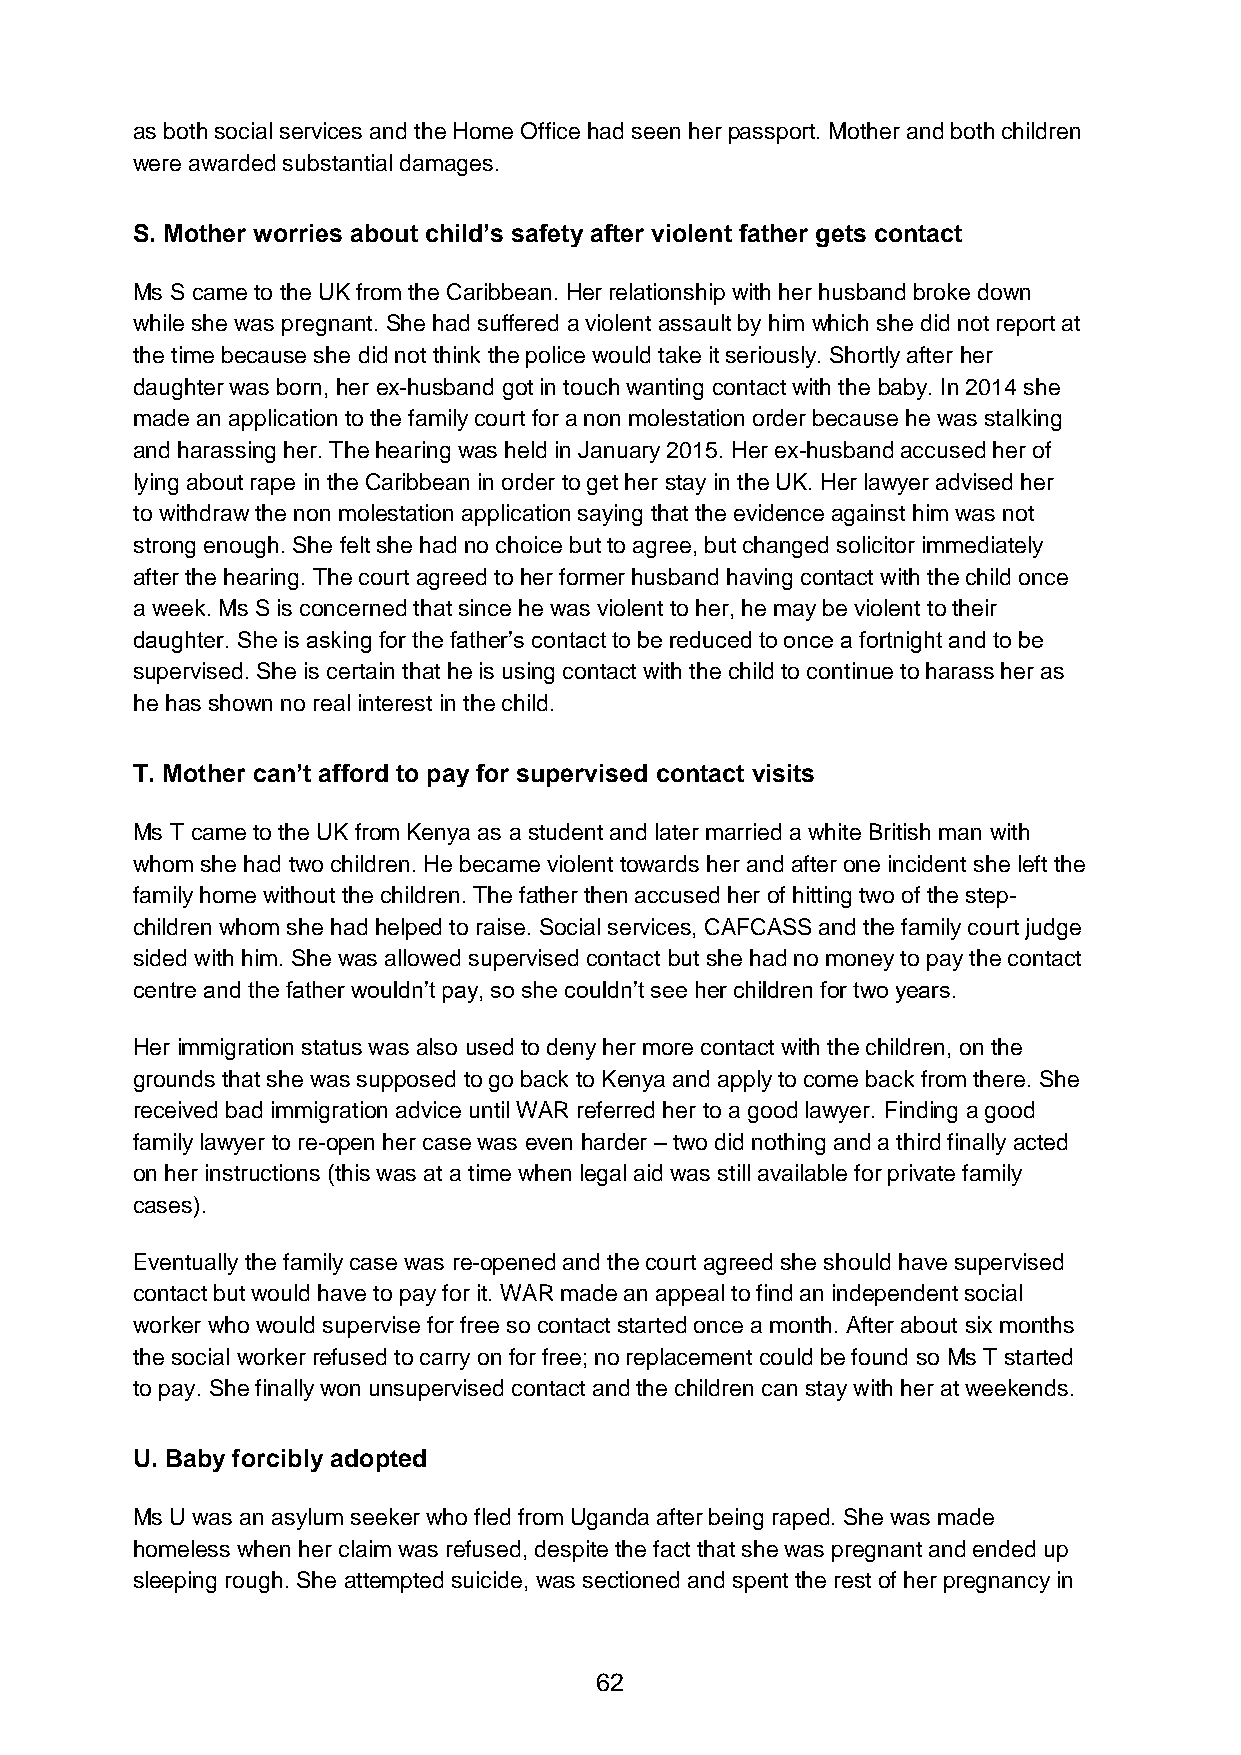
as both social services and the Home Office had seen her passport. Mother and both children
 were awarded substantial damages.
 S. Mother worries about child’s safety after violent father gets contact
 Ms S came to the UK from the Caribbean. Her relationship with her husband broke down
 while she was pregnant. She had suffered a violent assault by him which she did not report at
 the time because she did not think the police would take it seriously. Shortly after her
 daughter was born, her ex-husband got in touch wanting contact with the baby. In 2014 she
 made an application to the family court for a non molestation order because he was stalking
 and harassing her. The hearing was held in January 2015. Her ex-husband accused her of
 lying about rape in the Caribbean in order to get her stay in the UK. Her lawyer advised her
 to withdraw the non molestation application saying that the evidence against him was not
 strong enough. She felt she had no choice but to agree, but changed solicitor immediately
 after the hearing. The court agreed to her former husband having contact with the child once
 a week. Ms S is concerned that since he was violent to her, he may be violent to their
 daughter. She is asking for the father’s contact to be reduced to once a fortnight and to be
 supervised. She is certain that he is using contact with the child to continue to harass her as
 he has shown no real interest in the child.
 T. Mother can’t afford to pay for supervised contact visits
 Ms T came to the UK from Kenya as a student and later married a white British man with
 whom she had two children. He became violent towards her and after one incident she left the
 family home without the children. The father then accused her of hitting two of the step-
 children whom she had helped to raise. Social services, CAFCASS and the family court judge
 sided with him. She was allowed supervised contact but she had no money to pay the contact
 centre and the father wouldn’t pay, so she couldn’t see her children for two years.
 Her immigration status was also used to deny her more contact with the children, on the
 grounds that she was supposed to go back to Kenya and apply to come back from there. She
 received bad immigration advice until WAR referred her to a good lawyer. Finding a good
 family lawyer to re-open her case was even harder – two did nothing and a third finally acted
 on her instructions (this was at a time when legal aid was still available for private family
 cases).
 Eventually the family case was re-opened and the court agreed she should have supervised
 contact but would have to pay for it. WAR made an appeal to find an independent social
 worker who would supervise for free so contact started once a month. After about six months
 the social worker refused to carry on for free; no replacement could be found so Ms T started
 to pay. She finally won unsupervised contact and the children can stay with her at weekends.
 U. Baby forcibly adopted
 Ms U was an asylum seeker who fled from Uganda after being raped. She was made
 homeless when her claim was refused, despite the fact that she was pregnant and ended up
 sleeping rough. She attempted suicide, was sectioned and spent the rest of her pregnancy in
 62